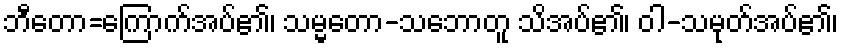
ဘီတော=ကြောက်အပ်၏၊ သမ္မတော-သဘောတူ သိအပ်၏၊ ဝါ-သမုတ်အပ်၏၊